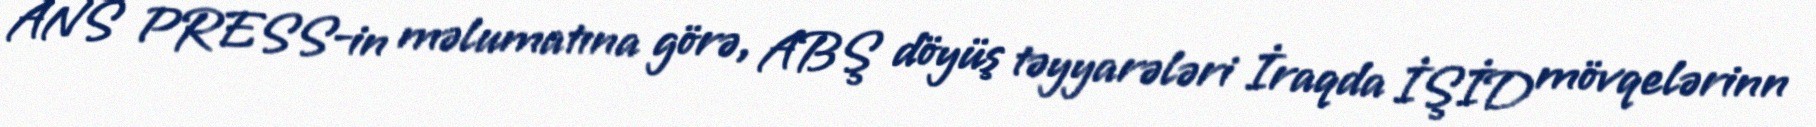
ANS PRESS-in məlumatına görə, ABŞ döyüş təyyarələri İraqda İŞİD mövqelərinn